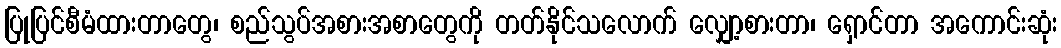
ပြုပြင်စီမံထားတာတွေ၊ စည်သွပ်အစားအစာတွေကို တတ်နိုင်သလောက် လျှော့စားတာ၊ ရှောင်တာ အကောင်းဆုံး